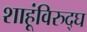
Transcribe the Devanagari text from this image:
शाहूंविरुद्घ